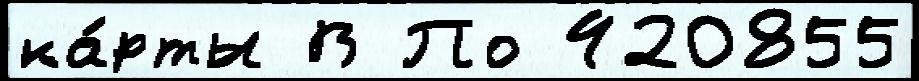
ка́рты В По 420855